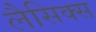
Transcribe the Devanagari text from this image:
लैसिक्स